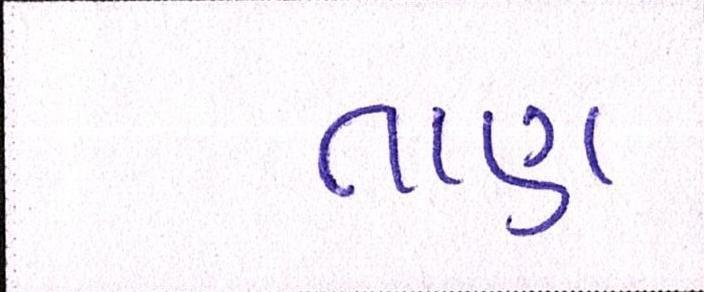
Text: તાણ